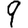
Digit: 9